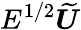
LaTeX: E^{1/2}\widetilde{\boldsymbol{U}}